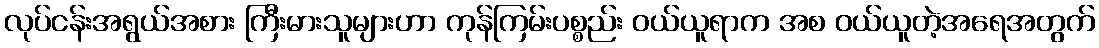
လုပ်ငန်းအရွယ်အစား ကြီးမားသူများဟာ ကုန်ကြမ်းပစ္စည်း ဝယ်ယူရာက အစ ဝယ်ယူတဲ့အရေအတွက်